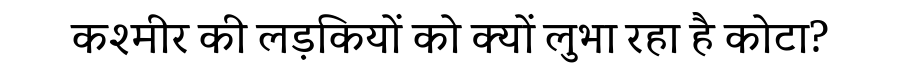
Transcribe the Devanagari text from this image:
कश्मीर की लड़कियों को क्यों लुभा रहा है कोटा?